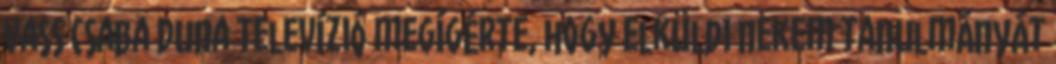
Vass Csaba Duna Televízió megígérte, hogy elküldi nekem tanulmányát